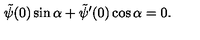
\tilde { \psi } ( 0 ) \sin \alpha + \tilde { \psi } ^ { \prime } ( 0 ) \cos \alpha = 0 .